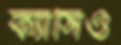
ক্যাসিও